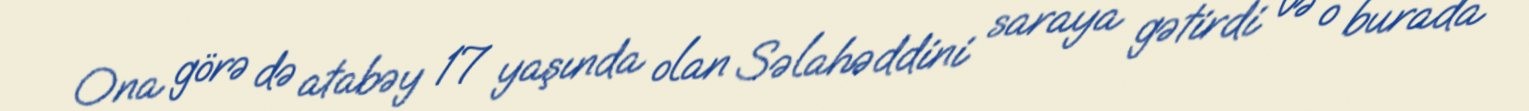
Ona görə də atabəy 17 yaşında olan Səlahəddini saraya gətirdi və o burada